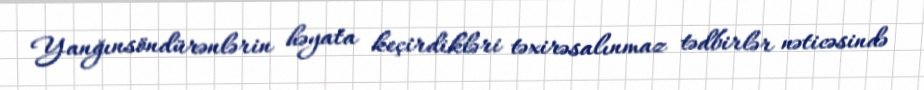
Yanğınsöndürənlərin həyata keçirdikləri təxirəsalınmaz tədbirlər nəticəsində